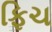
ફિચ